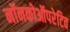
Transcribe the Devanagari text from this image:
नॉनकोऑपरेटिव